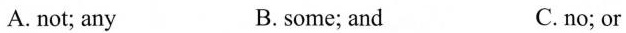
A. not; any B.some; and C.no; or